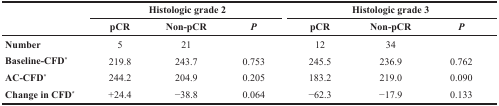
| <ROWSPAN=2>  | <COLSPAN=3> Histologic grade 2 | <COLSPAN=3> Histologic grade 3 |
 | pCR | Non-pCR | P | pCR | Non-pCR | P |
 | --- | --- | --- | --- | --- | --- | --- |
 | Number | 5 | 21 |  | 12 | 34 |  |
 | Baseline-CFD* | 219.8 | 243.7 | 0.753 | 245.5 | 236.9 | 0.762 |
 | AC-CFD* | 244.2 | 204.9 | 0.205 | 183.2 | 219.0 | 0.090 |
 | Change in CFD* | +24.4 | −38.8 | 0.064 | −62.3 | −17.9 | 0.133 |